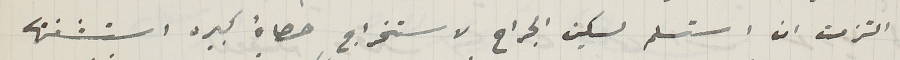
التزمت ان استسلم لسكين الجراح لاستخراج حصاة كبيره استشفتها